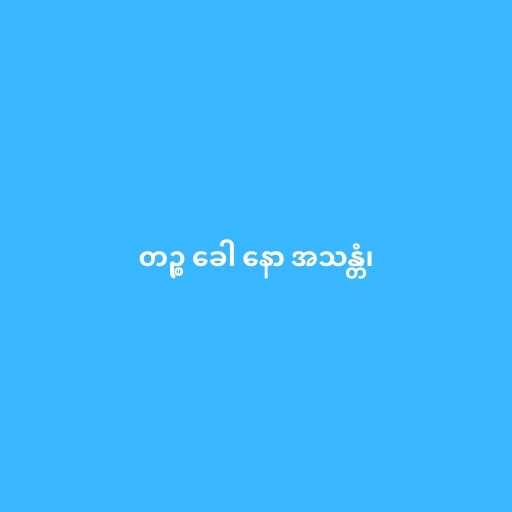
တဉ္စ ခေါ နော အသန္တံ၊